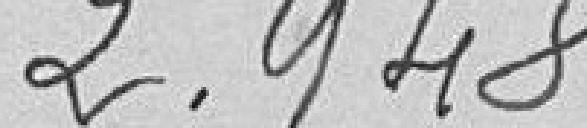
2,948